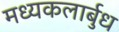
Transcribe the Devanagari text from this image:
मध्यकलार्बुध